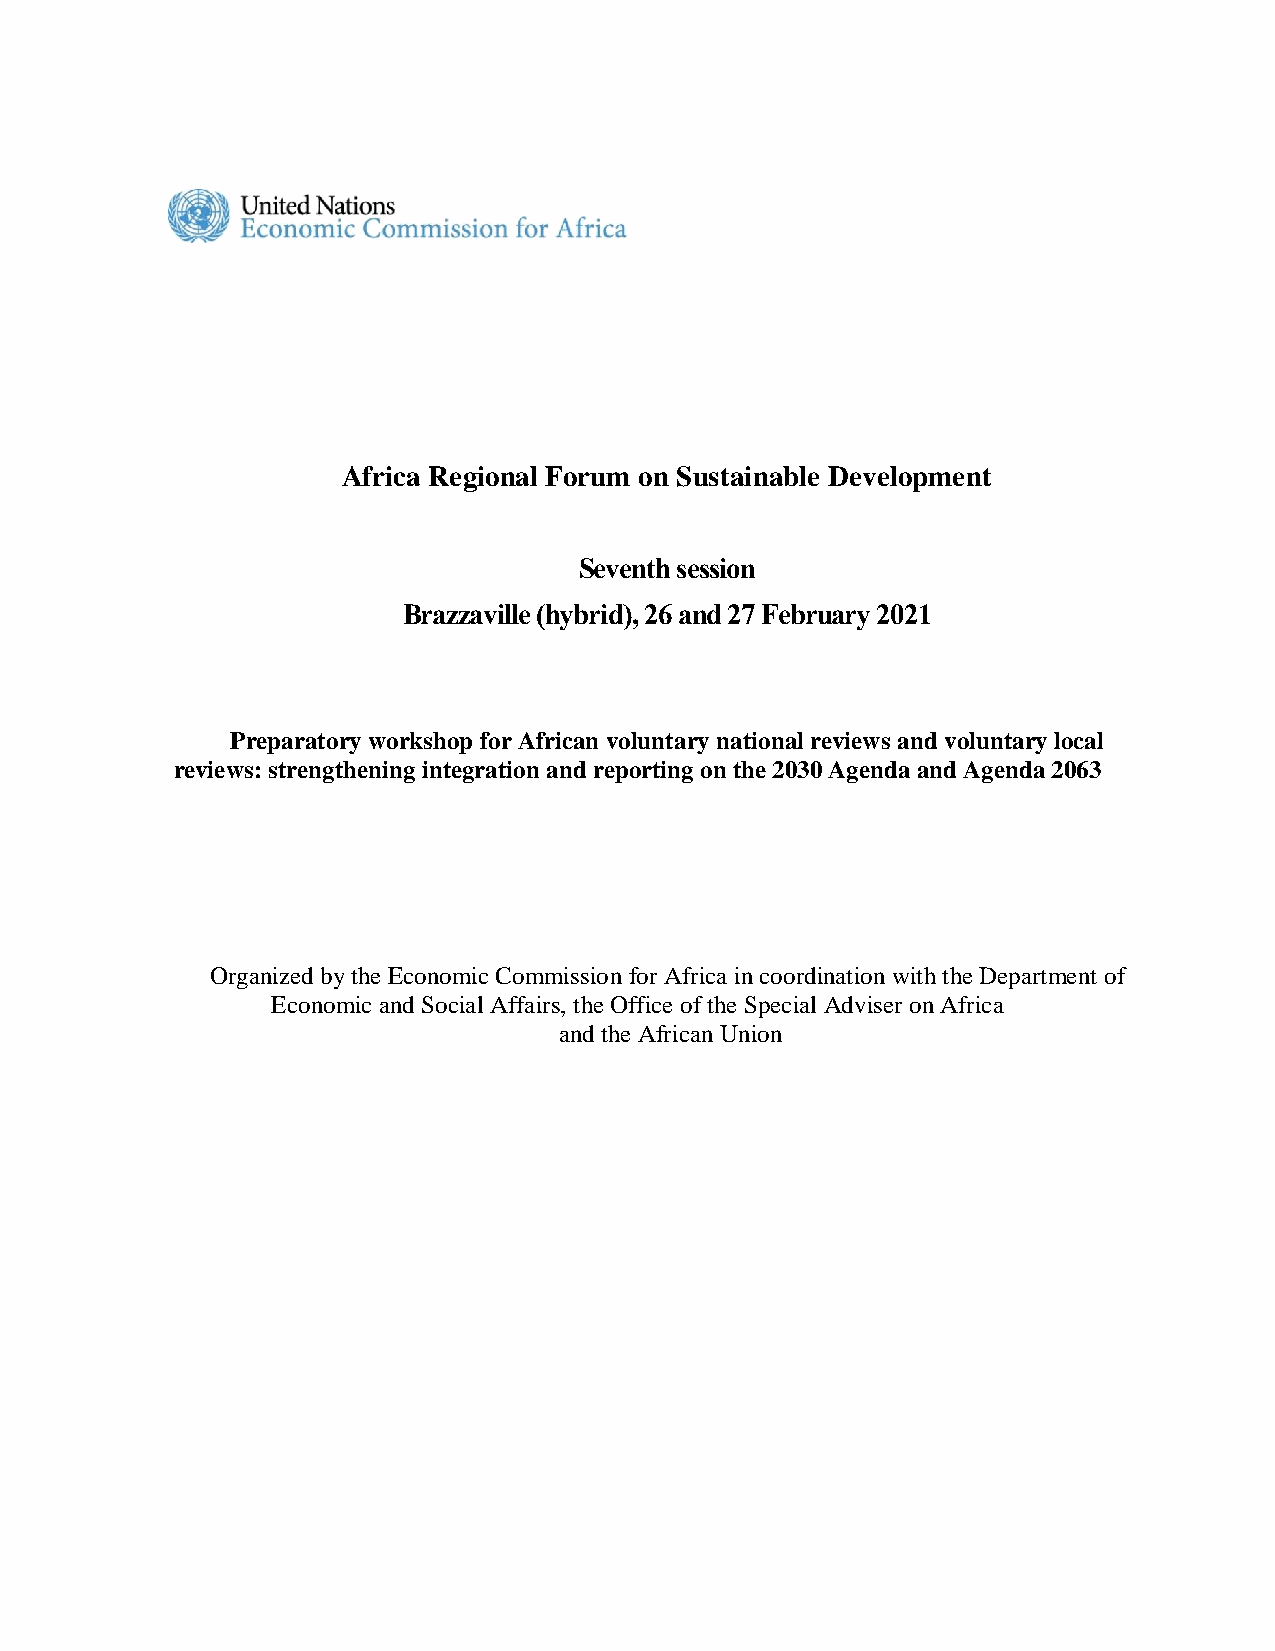
Africa Regional Forum on Sustainable Development
 Seventh session
 Brazzaville (hybrid), 26 and 27 February 2021
 Preparatory workshop for African voluntary national reviews and voluntary local
 reviews: strengthening integration and reporting on the 2030 Agenda and Agenda 2063
 Organized by the Economic Commission for Africa in coordination with the Department of
 Economic and Social Affairs, the Office of the Special Adviser on Africa
 and the African Union